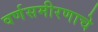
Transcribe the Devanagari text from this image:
वर्णसमीरणाचे